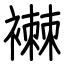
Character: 襋